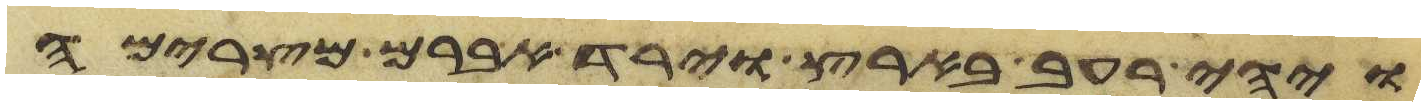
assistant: ויהי רעב בארץ וירד אברם מצרימה